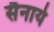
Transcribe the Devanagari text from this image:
सैनाये